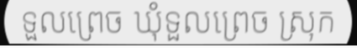
ទួលព្រេច ឃុំទួលព្រេច ស្រុក